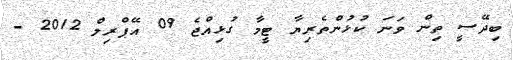
ބިދޭސީ ތިން ވަނަ ކުޅުންތެރިޔާ ޓީމާ ގުޅިއްޖެ 09 އޭޕްރިލް 2012 -